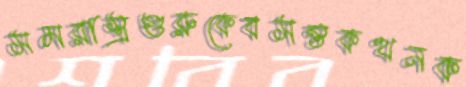
সমরাস্ত্রগুরুকেবসন্তকথনক